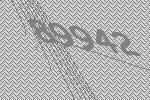
89942